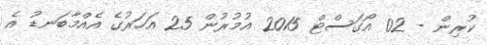
ކުރިން - 02 އޯގަސްޓް 2015 އުމުރުން 25 އަހަރުގެ އެއްމާބަނޑު އެ